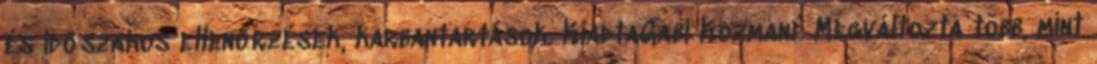
és időszakos ellenőrzések, karbantartások. KiadtaGabi Kozmané Megváltozta több, mint